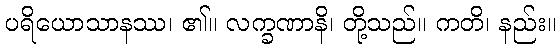
ပရိယောသာနဿ၊ ၏။ လက္ခဏာနိ၊ တို့သည်။ ကတိ၊ နည်း။